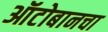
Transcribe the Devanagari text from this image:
ऑटोबानचा